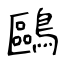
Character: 鷗